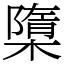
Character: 㯐